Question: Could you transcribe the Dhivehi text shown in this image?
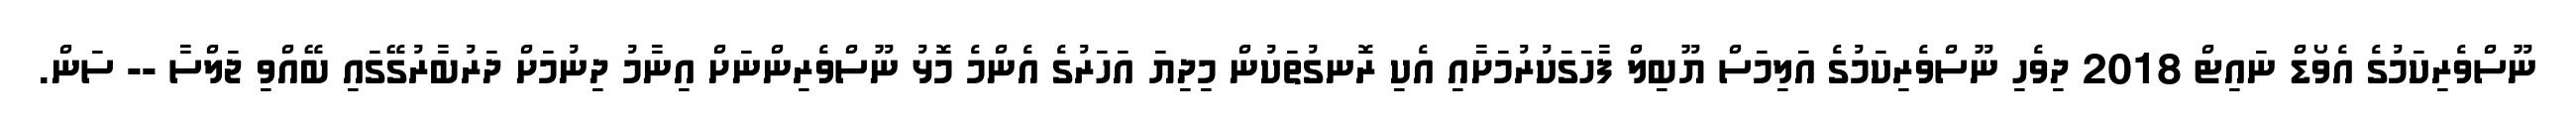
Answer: ނޫސްވެރިކަމުގެ އެވޯޑް ނައިޓް 2018 ދިވެހި ނޫސްވެރިކަމުގެ އަލިމަސް ޔޫބިލް ފާހަގަކުރުމަށާއި އެކި ރޮނގުތަކުން މިދިޔަ އަހަރުގެ އެންމެ މޮޅު ނޫސްވެރިންނަށް އިނާމު ދިނުމަށް ދަރުބާރުގޭގައި ބޭއްވި ޖަލްސާ -- ސަން.